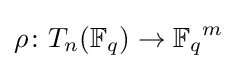
\rho \colon T_{n}(\mathbb {F} _{q})\rightarrow {\mathbb {F} _{q}}^{m}